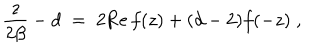
LaTeX: { \frac { z } { 2 \beta } } - d \; = \; 2 \mathrm { R e } \, f ( z ) + ( d - 2 ) f ( - z ) \; ,